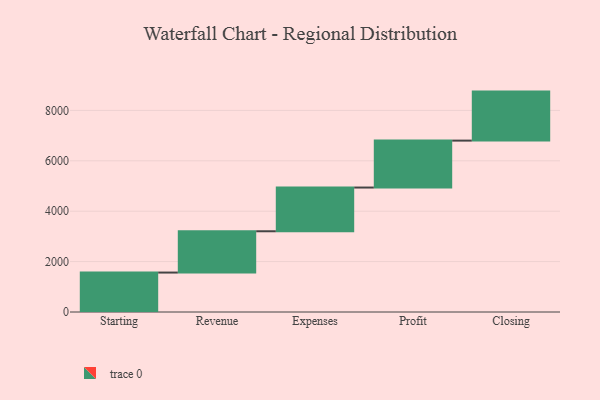
{"axis": {"x": "Step", "y": "Value"}, "legend": [""], "data": [{"x": "Starting", "y": 1565.0, "type": ""}, {"x": "Revenue", "y": 1639.0, "type": ""}, {"x": "Expenses", "y": 1735.0, "type": ""}, {"x": "Profit", "y": 1862.0, "type": ""}, {"x": "Closing", "y": 1945.0, "type": ""}]}